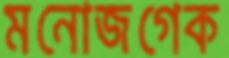
মনোজগেক